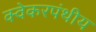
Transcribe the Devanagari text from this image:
क्वेकरपंथीय